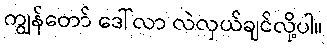
ကျွန်တော် ဒေါ်လာ လဲလှယ်ချင်လို့ပါ။